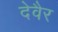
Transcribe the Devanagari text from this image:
देवैर